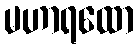
မဟာရထော